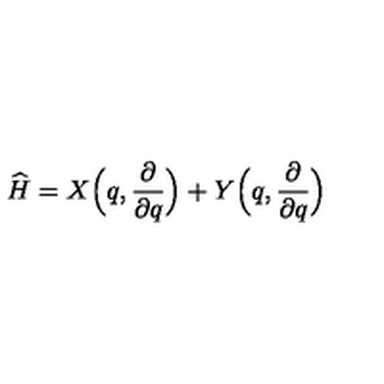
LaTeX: \widehat { H } = X \Bigl ( q , \frac { \partial } { \partial q } \Bigr ) + Y \Bigl ( q , \frac { \partial } { \partial q } \Bigr )